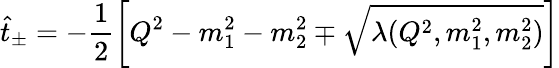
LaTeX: \hat{t}_{\pm}=-\frac{1}{2}\left[Q^{2}-m_{1}^{2}-m_{2}^{2}\mp\sqrt{\lambda(Q^{2},m_{1}^{2},m_{2}^{2})}\right]